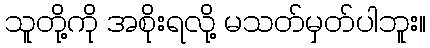
သူတို့ကို အစိုးရလို့ မသတ်မှတ်ပါဘူး။